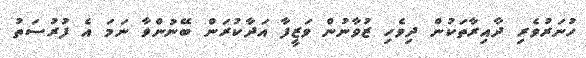
ހުނަރުވެރި ދާއިރާތަކުން ދިވެހި ޒުވާނުން ވަޒީފާ އަދާކުރަން ބޭނުންވާ ނަމަ އެ ފުރުސަތު